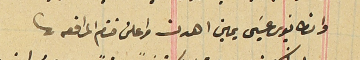
وانطانيوس عيسَى يمين اهدن واعلن ختم المرافعه.